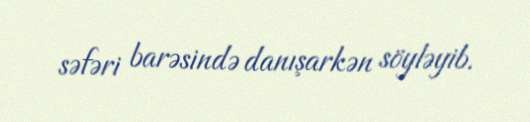
səfəri barəsində danışarkən söyləyib.